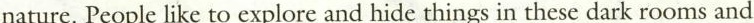
nature. People like to explore and hide things in these dark rooms and